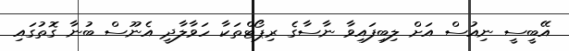
އޭބީސީ ނިއުސް އަށް ލިބިފައިވާ ނާސާގެ ރިޕޯޓްތަކާ ހަވާލާދީ އެނޫސް ބުނާ ގޮތުގައި